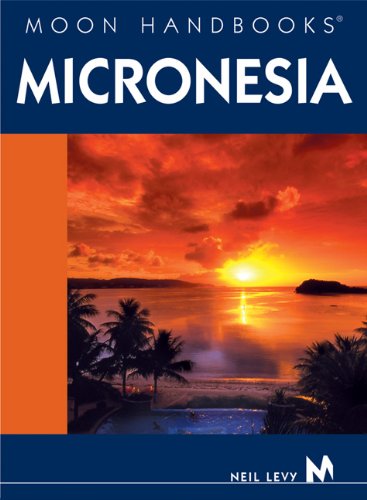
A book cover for Moon Handbooks Micronesia; Neil Levy; Travel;